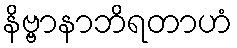
နိဗ္ဗာနာဘိရတာဟံ